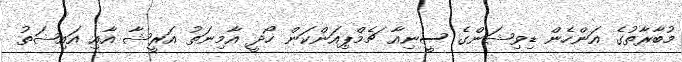
މުބާރާތުގެ އަންހެން ޑިވިޝަންގެ ސީނިއާ ޗެމްޕިއަންކަން ހޯދީ އާމިނަތު އަރީޝާ އާއި އައިޝަތު